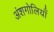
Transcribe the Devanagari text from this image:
अंशगोलियाँ